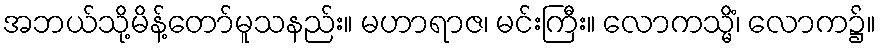
အဘယ်သို့မိန့်တော်မူသနည်း။ မဟာရာဇ၊ မင်းကြီး။ လောကသ္မိံ၊ လောက၌။